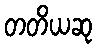
တတိယဆု